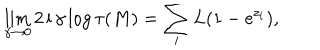
\lim _ { \gamma \to 0 } 2 \, \mathrm { i } \, \gamma \log \tau ( M ) = \sum _ { i } L ( 1 - \mathrm { e } ^ { z _ { i } } ) ,